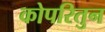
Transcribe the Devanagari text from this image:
कोपरितुन